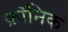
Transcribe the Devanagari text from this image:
क्राॅनिक